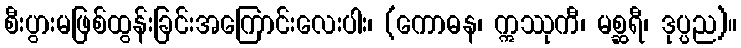
စီးပွားမဖြစ်ထွန်းခြင်းအကြောင်းလေးပါး၊ (ကောဓန၊ ဣဿုကီ၊ မစ္ဆရီ၊ ဒုပ္ပည)။